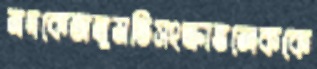
নদকেঅনুমতিসংক্রান্তলেককে